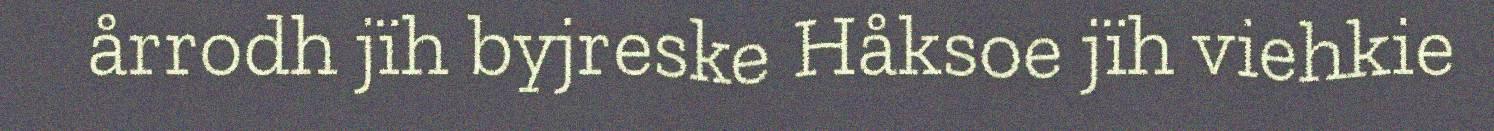
årrodh jïh byjreske Håksoe jïh viehkie